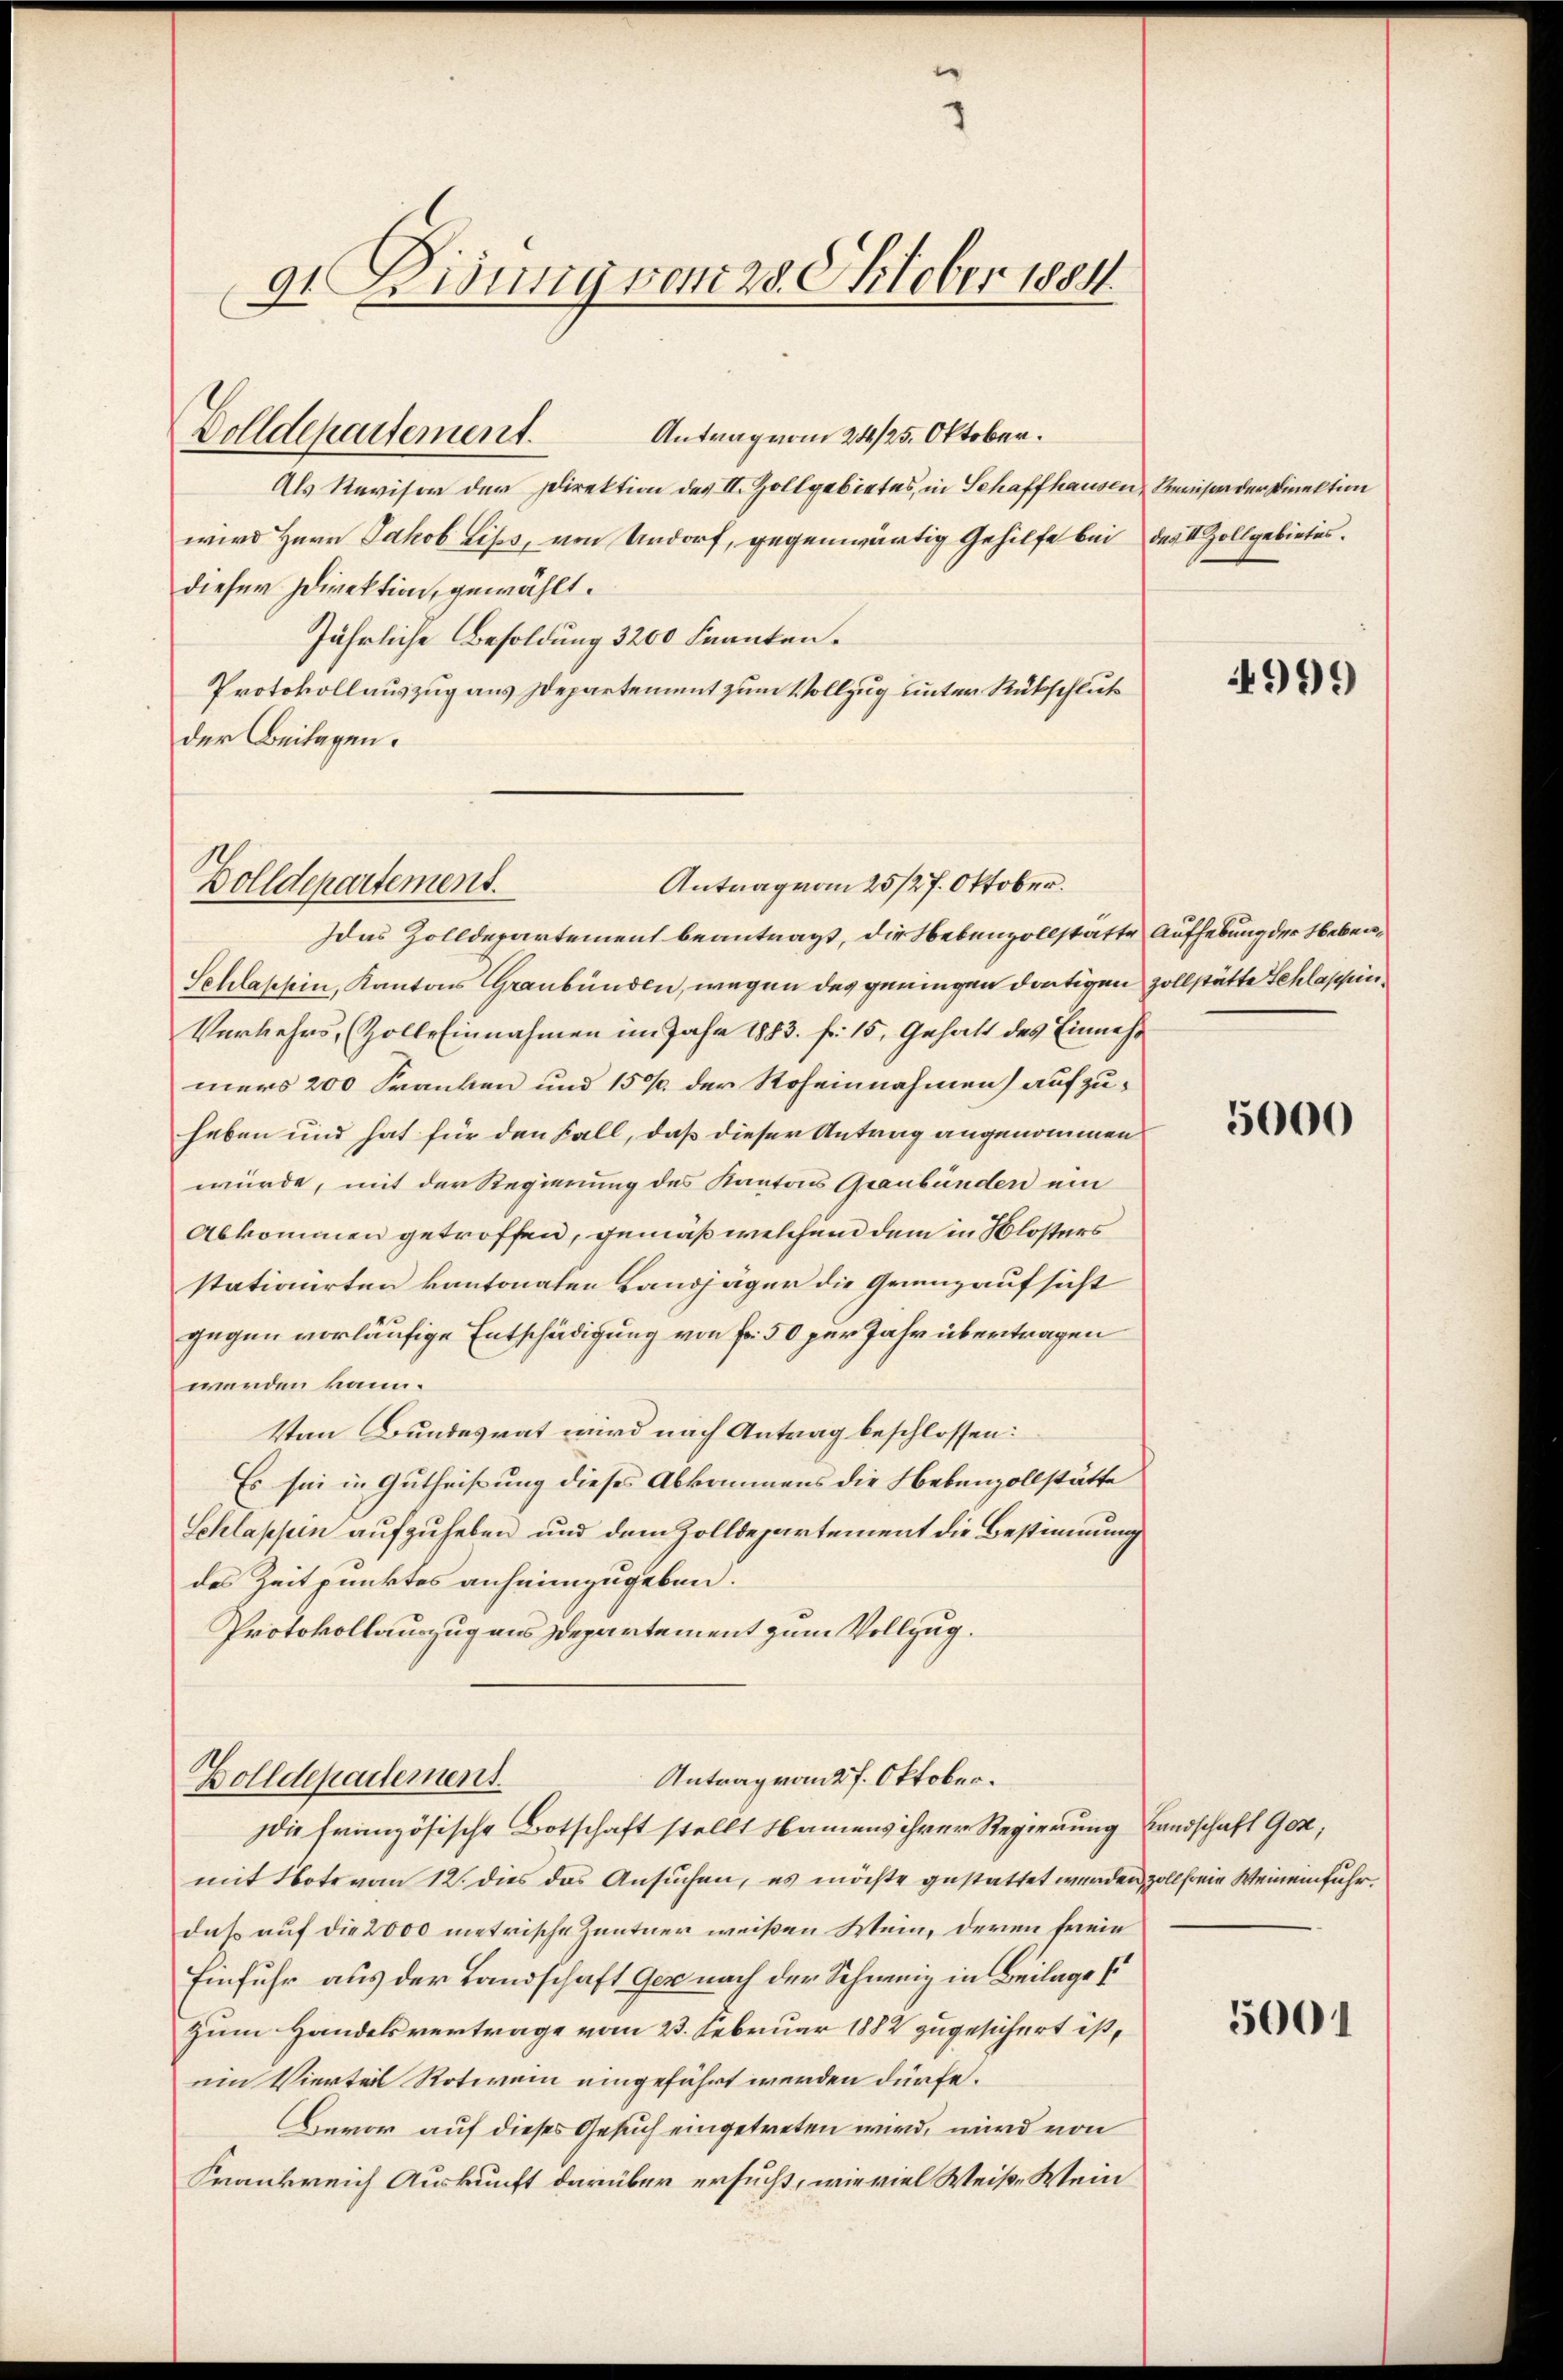
dt. Bisung vom 28. Oktober 1884.

Dolldepartement.

Dolldepartement.

Antrag vom 24/25. Oktober.
Als Revisor der Direktion des II. Zollgebietes, in Schaffhausen, Revisor der Direktion
wird Herr Jakob Lips, von Urdorf, gegenwärtig Gehilfe bei des Zollgebietes.
dieser Direktion, gewählt.
Jährliche Besoldung 3200 Franten.
Protokollauszug aus Departement zum Vollzug unter Rückschluß
der Beilagen.

Antrag vom 25/27. Oktober.

Idas Zolldepartement beantragt, die Nebenzollstatte Aufhebung der Neben¬
Schlashin, Kantons Graubünden, wegen des geningen dortigen zollstätte Schlappin¬
Verkehrs, (Zolle Einnahmen im Jahr 1883. fr. 15, Gehalt des Einnehm
mers 200 Franken und 150 / der Roheinnahmen) aufzuheben und hat für den Fall, daß dieser Antrag angenommen
würde, mit der Regierung des Kantons Graubünden ein
Abkommen getroffen, gemäß welchen dem in Klosters
stationirten kantonalen Landjäger die Grenzaufsicht
gegen vorläufige Entschädigung von Fr. 50 für Jahr übertragen
werden kann.
Von Bundesrat wird nach Antrag beschlossen:
Es sei in Gutheißung dieses Abkommens die Nebenzollstätte
Schlappen aufzuheben und dem Zolldepartement die Bestimmung
des Zeitpunktes anheimzugeben.
Protokollauszug aus Departement zum Vollzug.
Antrag vom 27. Oktober.
Zolldepartement.
Die französische Botschaft stellt Namens ihrer Regierung Landschaft Goz,
mit Note von 12. dies das Ansuchen, es möchte gestattet werden, zollfreie Weinemfuhrdaß auf die 2000 metrische Zentner weißen Wein, deren freie
Einfuhr aus der Landschaft Gez nach der Schweiz in Beilage s
Zum Handelsvertrage vom 23. Februar 1882 zugesichert ist,
ein Vierteil Rotwein eingeführt werden dürfe.
Bevor auf dieses Gesuch eingetreten wird, wird von
Frankreich Auskunft darüber ersucht, wie viel Weise Wein

4999

5000

5001